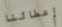
إعطائنا